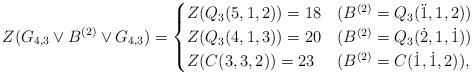
LaTeX: \begin{align*} Z(G_{4,3} \vee B^{(2)} \vee G_{4,3})= \begin{cases} Z(Q_3(5,1,2))=18 &(B^{(2)}=Q_3(\ddot1,1,2))\\ Z(Q_3(4,1,3))=20 &(B^{(2)}=Q_3(\dot2,1,\dot1))\\ Z(C(3,3,2))=23 &(B^{(2)}=C(\dot1,\dot1,2)), \end{cases} \end{align*}